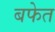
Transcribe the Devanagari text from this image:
बफेत